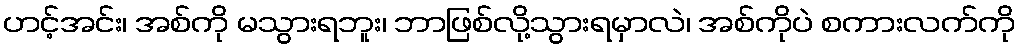
ဟင့်အင်း၊ အစ်ကို မသွားရဘူး၊ ဘာဖြစ်လို့သွားရမှာလဲ၊ အစ်ကိုပဲ စကားလက်ကို